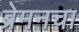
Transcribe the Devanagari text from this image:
ब्रेमनचा